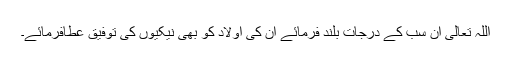
اللہ تعالیٰ ان سب کے درجات بلند فرمائے ان کی اولاد کو بھی نیکیوں کی توفیق عطافرمائے۔